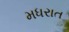
મધરાત